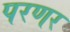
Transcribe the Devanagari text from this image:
परणर